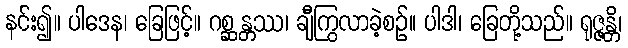
နင်း၍။ ပါဒေန၊ ခြေဖြင့်။ ဂစ္ဆန္တဿ၊ ချီကြွလာခဲ့စဉ်။ ပါဒါ၊ ခြေတို့သည်။ ရုဇ္ဇန္တိ၊